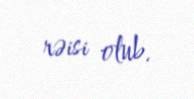
rəisi olub.